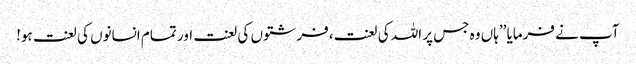
آپ نے فرمایا ’’ہاں وہ جس پر اللہ کی لعنت،فرشتوں کی لعنت اور تمام انسانوں کی لعنت ہو!